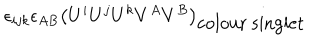
\epsilon _ { i j k } \epsilon _ { A B } \left( U ^ { i } U ^ { j } U ^ { k } V ^ { A } V ^ { B } \right) _ { \mathrm { c o l o u r ~ s i n g l e t } }